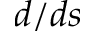
d / d s